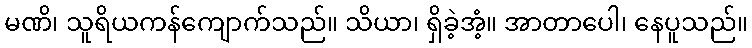
မဏိ၊ သူရိယကန်ကျောက်သည်။ သိယာ၊ ရှိခဲ့အံ့။ အာတာပေါ၊ နေပူသည်။